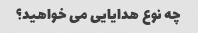
چه نوع هدایایی می خواهید؟